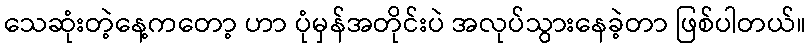
သေဆုံးတဲ့နေ့ကတော့ ဟာ ပုံမှန်အတိုင်းပဲ အလုပ်သွားနေခဲ့တာ ဖြစ်ပါတယ်။